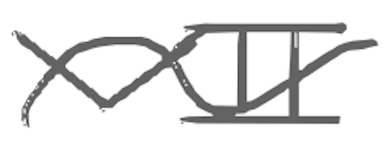
Text: VII
Cross-out: wave
Writing tool: digital_gray